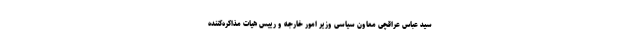
سید عباس عراقچی معاون سیاسی وزیر امور خارجه و رییس هیات مذاکره‌کننده